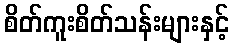
စိတ်ကူးစိတ်သန်းများနှင့်